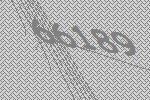
66189